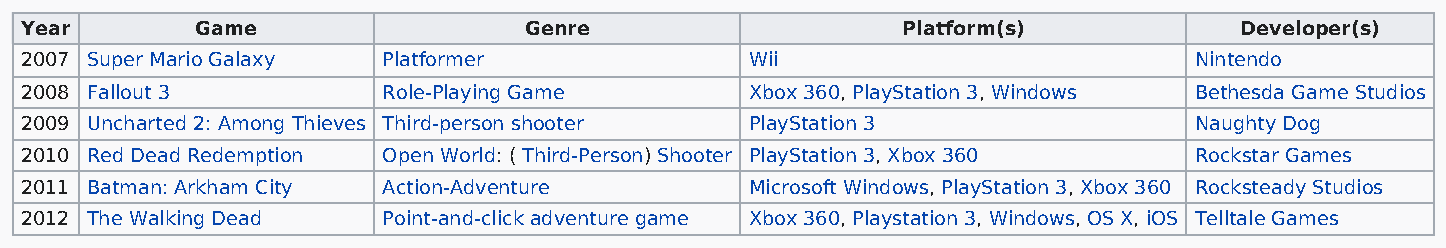
Year        Game                  Genre                    Platform(s)           Developer(s)
 2007 Super Mario Galaxy Platformer               Wii                          Nintendo
 2008 Fallout 3          Role-Playing Game        Xbox 360, PlayStation 3, Windows Bethesda Game Studios
 2009 Uncharted 2: Among Thieves Third-person shooter PlayStation 3            Naughty Dog
 2010 Red Dead Redemption Open World: ( Third-Person) Shooter PlayStation 3, Xbox 360 Rockstar Games
 2011 Batman: Arkham City Action-Adventure        Microsoft Windows, PlayStation 3, Xbox 360 Rocksteady Studios
 2012 The Walking Dead   Point-and-click adventure game Xbox 360, Playstation 3, Windows, OS X, iOS Telltale Games